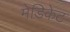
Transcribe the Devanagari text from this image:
मेडिकेट